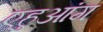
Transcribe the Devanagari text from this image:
एहुआंग